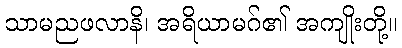
သာမညဖလာနိ၊ အရိယာမဂ်၏ အကျိုးတို့။